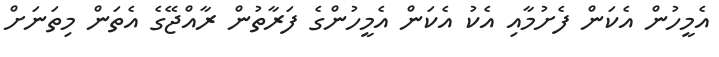
އެމީހުން އެކަން ފެށުމާއި އެކު އެކަން އެމީހުންގެ ފަރާތުން ރާއްޖޭގެ އެތަން މިތަނަށް